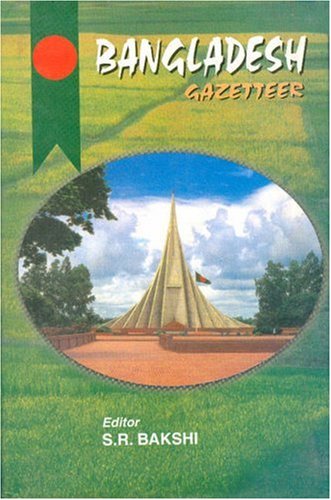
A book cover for Bangladesh Gazetteer; Travel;